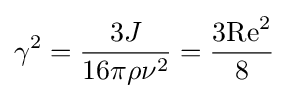
\gamma ^{2}={\frac {3J}{16\pi \rho \nu ^{2}}}={\frac {3{\rm {Re}}^{2}}{8}}